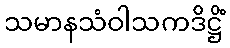
သမာနသံဝါသကဒိဋ္ဌိံ